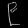
Digit: ၉